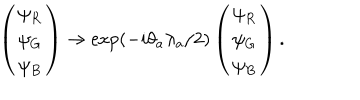
\left( \begin{array} { l } { { \psi _ { R } } } \\ { { \psi _ { G } } } \\ { { \psi _ { B } } } \\ \end{array} \right) \rightarrow \exp ( - i \theta _ { a } \lambda _ { a } / 2 ) \left( \begin{array} { l } { { \psi _ { R } } } \\ { { \psi _ { G } } } \\ { { \psi _ { B } } } \\ \end{array} \right) .